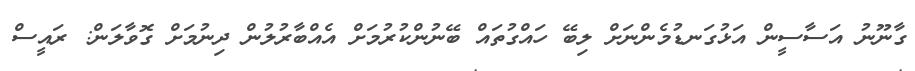
ގާނޫނު އަސާސީން އަޅުގަނޑުމެންނަށް ލިބޭ ހައްގުތައް ބޭނުންކުރުމަށް އެއްބާރުލުން ދިނުމަށް ގޮވާލަން: ރައީސް